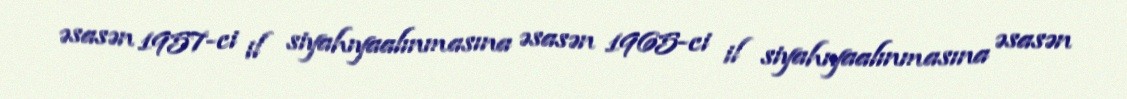
əsasən 1957-ci il siyahıyaalınmasına əsasən 1965-ci il siyahıyaalınmasına əsasən